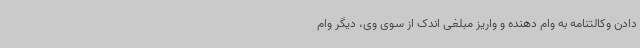
دادن وکالتنامه به وام دهنده و واریز مبلغی اندک از سوی وی، دیگر وام